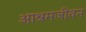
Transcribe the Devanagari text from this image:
आश्रमजीवन